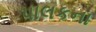
પાલકના